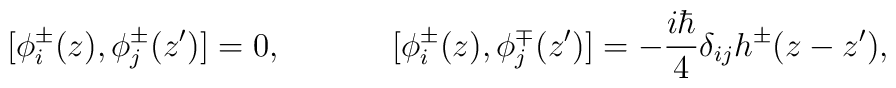
[\phi^\pm_i(z),\phi^\pm_j(z')]=0,~~~~~~~~~~[\phi_i^\pm(z),\phi_j^\mp(z')]=-\frac{i\hbar}{4}\delta_{ij}h^{\pm}(z-z'),